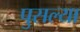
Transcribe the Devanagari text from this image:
पुसल्या